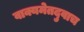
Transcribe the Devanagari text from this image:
वाक्यमेतदुवाच